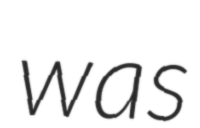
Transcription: was